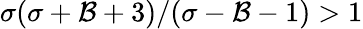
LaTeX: \sigma(\sigma+\mathcal{B}+3)/(\sigma-\mathcal{B}-1)>1